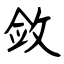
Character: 敛